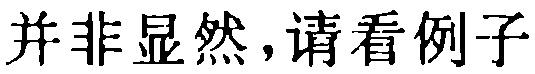
并非显然,请看例子